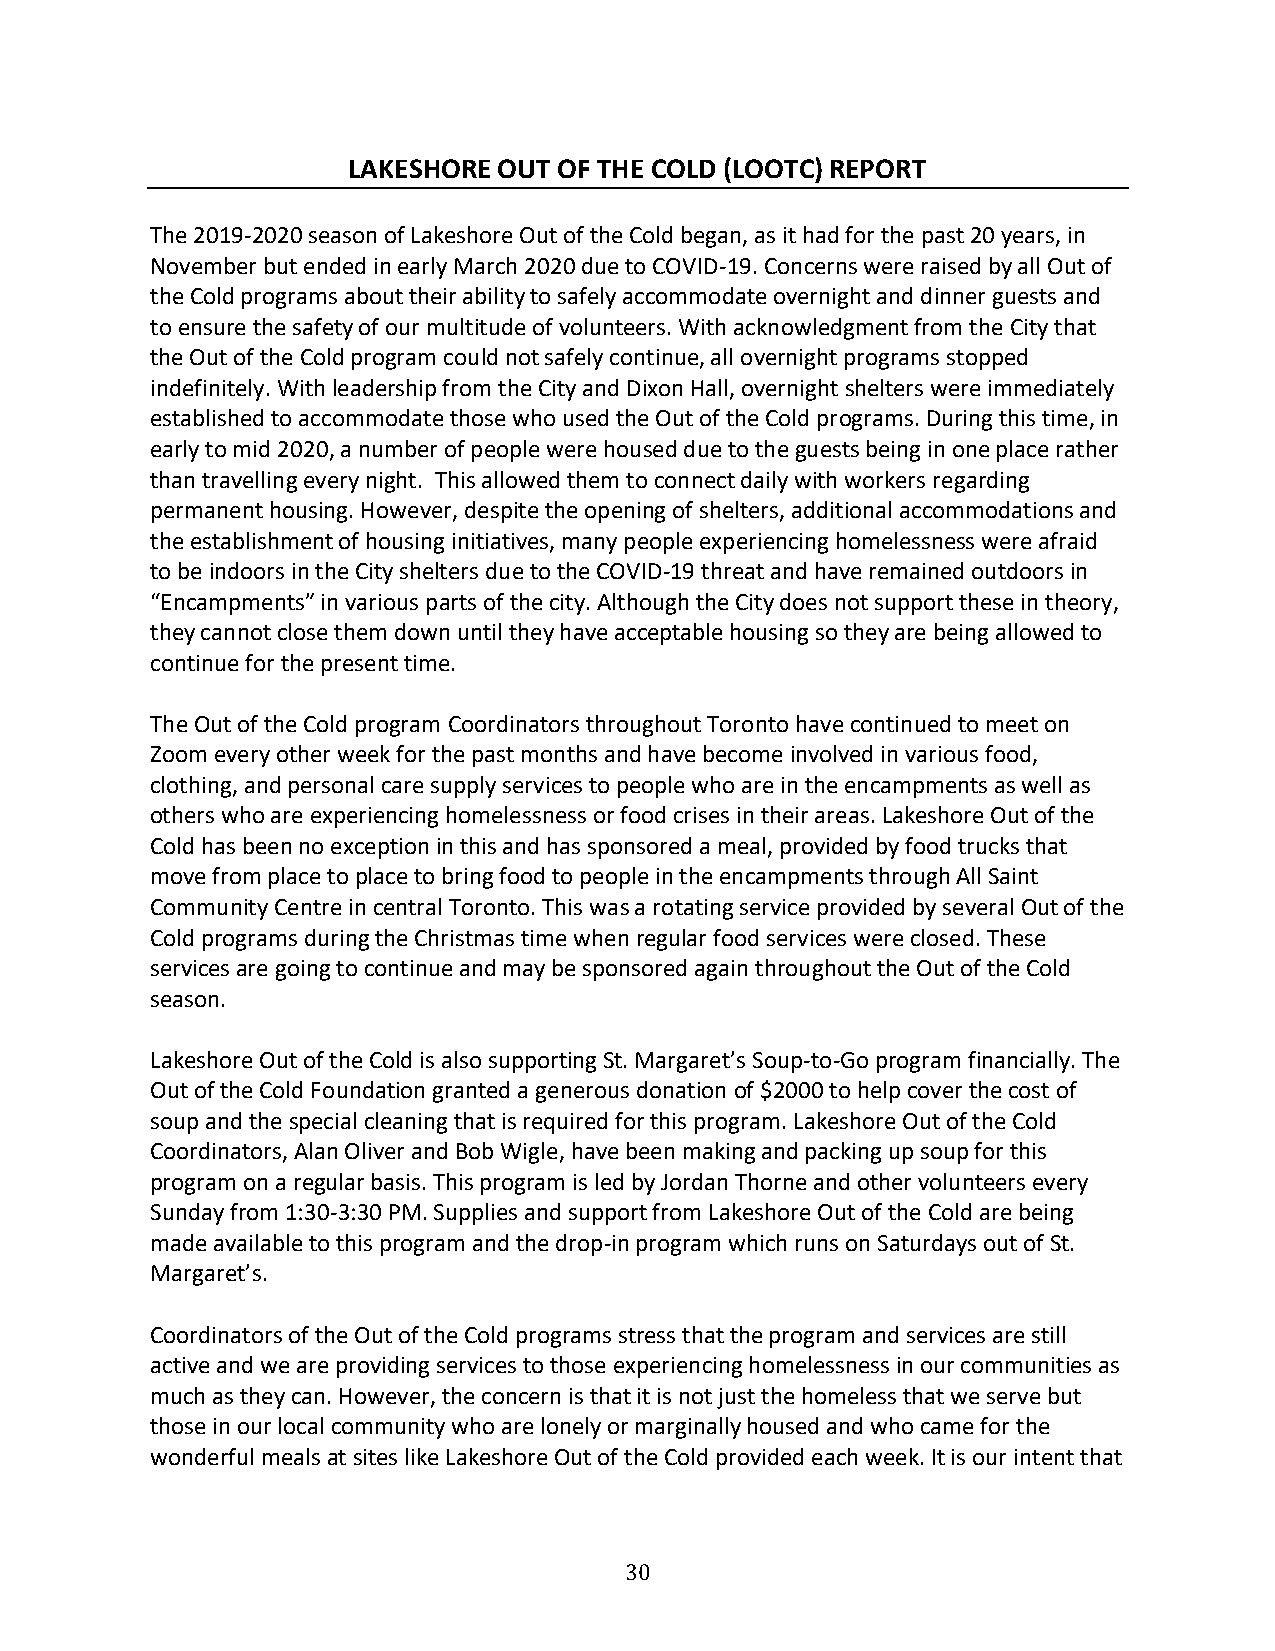
LAKESHORE OUT OF THE COLD (LOOTC) REPORT
 The 2019-2020 season of Lakeshore Out of the Cold began, as it had for the past 20 years, in
 November but ended in early March 2020 due to COVID-19. Concerns were raised by all Out of
 the Cold programs about their ability to safely accommodate overnight and dinner guests and
 to ensure the safety of our multitude of volunteers. With acknowledgment from the City that
 the Out of the Cold program could not safely continue, all overnight programs stopped
 indefinitely. With leadership from the City and Dixon Hall, overnight shelters were immediately
 established to accommodate those who used the Out of the Cold programs. During this time, in
 early to mid 2020, a number of people were housed due to the guests being in one place rather
 than travelling every night. This allowed them to connect daily with workers regarding
 permanent housing. However, despite the opening of shelters, additional accommodations and
 the establishment of housing initiatives, many people experiencing homelessness were afraid
 to be indoors in the City shelters due to the COVID-19 threat and have remained outdoors in
 “Encampments” in various parts of the city. Although the City does not support these in theory,
 they cannot close them down until they have acceptable housing so they are being allowed to
 continue for the present time.
 The Out of the Cold program Coordinators throughout Toronto have continued to meet on
 Zoom every other week for the past months and have become involved in various food,
 clothing, and personal care supply services to people who are in the encampments as well as
 others who are experiencing homelessness or food crises in their areas. Lakeshore Out of the
 Cold has been no exception in this and has sponsored a meal, provided by food trucks that
 move from place to place to bring food to people in the encampments through All Saint
 Community Centre in central Toronto. This was a rotating service provided by several Out of the
 Cold programs during the Christmas time when regular food services were closed. These
 services are going to continue and may be sponsored again throughout the Out of the Cold
 season.
 Lakeshore Out of the Cold is also supporting St. Margaret’s Soup-to-Go program financially. The
 Out of the Cold Foundation granted a generous donation of $2000 to help cover the cost of
 soup and the special cleaning that is required for this program. Lakeshore Out of the Cold
 Coordinators, Alan Oliver and Bob Wigle, have been making and packing up soup for this
 program on a regular basis. This program is led by Jordan Thorne and other volunteers every
 Sunday from 1:30-3:30 PM. Supplies and support from Lakeshore Out of the Cold are being
 made available to this program and the drop-in program which runs on Saturdays out of St.
 Margaret’s.
 Coordinators of the Out of the Cold programs stress that the program and services are still
 active and we are providing services to those experiencing homelessness in our communities as
 much as they can. However, the concern is that it is not just the homeless that we serve but
 those in our local community who are lonely or marginally housed and who came for the
 wonderful meals at sites like Lakeshore Out of the Cold provided each week. It is our intent that
 30